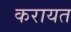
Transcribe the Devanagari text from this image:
करायत